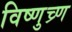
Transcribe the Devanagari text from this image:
विष्णुच्र्ण